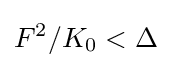
F^{2}/K_{0}<\Delta